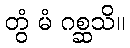
တွံ မံ ဂစ္ဆသိ။